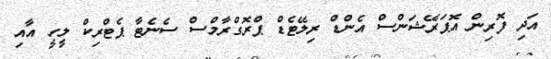
އަދި ފޮރިން އޮޕަރޭޝަންސް އެންޑް ރިލޭޓެޑް ޕްރޮގްރާމްސް ސެނެޓާ ޕެޓްރިކް ލީހީ އާއި